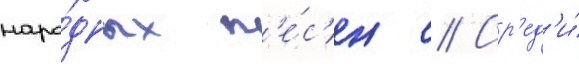
наро́дных п'е́с'ен // Ср'ед'и́